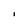
Character: l